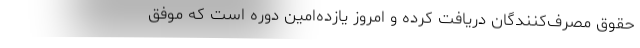
حقوق مصرف‌کنندگان دریافت کرده و امروز یازده‌امین دوره است که موفق